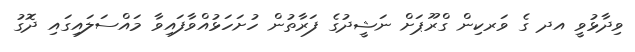
ވިދާޅުވީ އދ ގެ ވަރކިން ގްރޫޕަށް ނަޝީދުގެ ފަރާތުން ހުށަހަޅުއްވާފައިވާ މައްސަލައިގައި ދޮގު